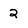
Character: 2